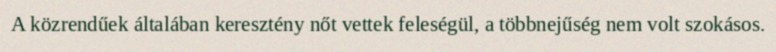
A közrendűek általában keresztény nőt vettek feleségül, a többnejűség nem volt szokásos.